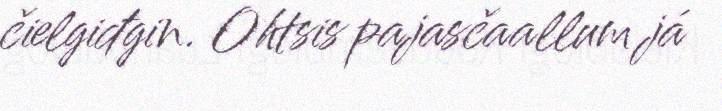
čielgiđgin. Ohtsis pajasčaallum já